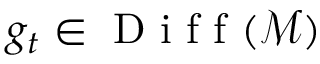
g _ { t } \in \mathrm { ~ D ~ i ~ f ~ f ~ } ( \mathcal { M } )